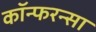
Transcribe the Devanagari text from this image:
कॉन्फरन्सा